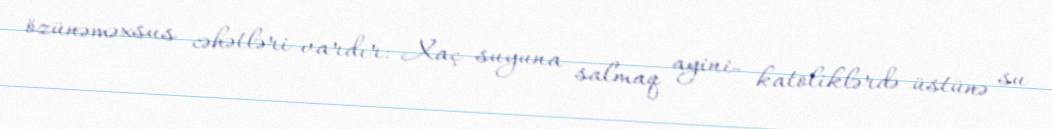
özünəməxsus cəhətləri vardır: Xaç suyuna salmaq ayini- katoliklərdə üstünə su